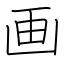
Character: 画